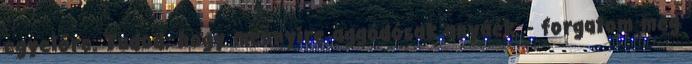
egyelőre. Tudod, hogy mennyire aggódósak anyáék. - forgatom meg